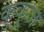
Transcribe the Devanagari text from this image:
कुकूज